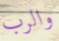
والرب